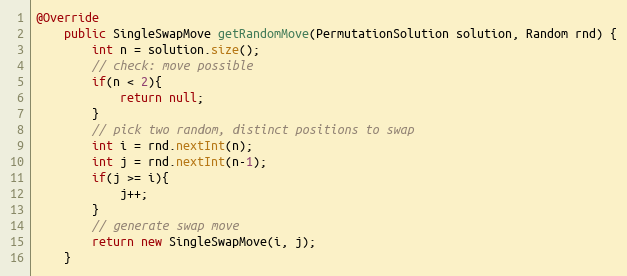
Language: Java
@Override
    public SingleSwapMove getRandomMove(PermutationSolution solution, Random rnd) {
        int n = solution.size();
        // check: move possible
        if(n < 2){
            return null;
        }
        // pick two random, distinct positions to swap
        int i = rnd.nextInt(n);
        int j = rnd.nextInt(n-1);
        if(j >= i){
            j++;
        }
        // generate swap move
        return new SingleSwapMove(i, j);
    }